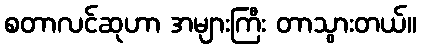
စတာလင်ဆုဟာ အများကြီး တာသွားတယ်။